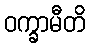
ဝက္ခာမီတိ